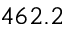
4 6 2 . 2